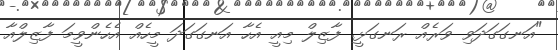
"އަނގަގަދަވި ވަރެއް ރަނގަޅީ. ފާޒިލް މިއީ އެހާ އަނގަގަދަ މީހެއް އެހެންވީމަ ފާޒިލްއާ